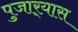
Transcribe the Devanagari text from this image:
पुजार्‍यास